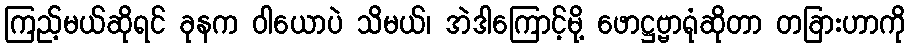
ကြည့်မယ်ဆိုရင် ခုနက ဝါယောပဲ သိမယ်၊ အဲဒါကြောင့်မို့ ဖောဋ္ဌဗ္ဗာရုံဆိုတာ တခြားဟာကို